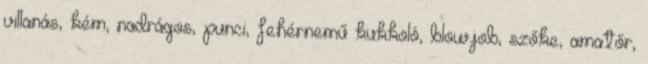
villanás, kém, nadrágos, punci, fehérnemű kukkoló, blowjob, szőke, amatőr,